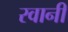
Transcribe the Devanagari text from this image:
रवानी